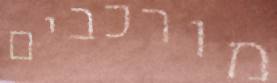
מורכבים